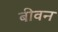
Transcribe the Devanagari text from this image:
बीवन